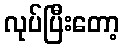
လုပ်ပြီးတော့